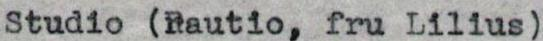
Studio (Rautio, fru Lilius)